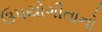
ઉપયોગીતાનો